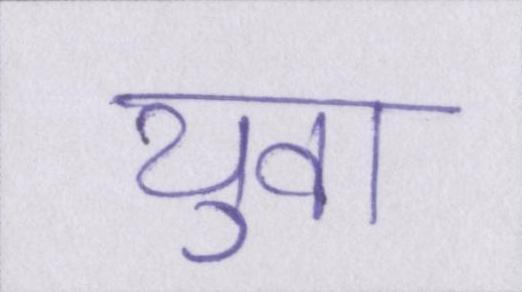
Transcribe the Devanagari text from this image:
युवा